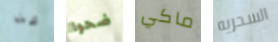
عن ضحوا ماكي السحريه